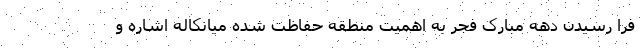
فرا رسیدن دهه مبارک فجر به اهمیت منطقه حفاظت شده‌ میانکاله اشاره و